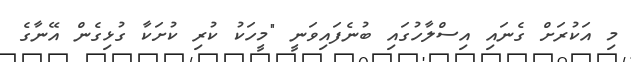
މި އަކުރަށް ގެނައި އިސްލާހުގައި ބުނެފައިވަނީ "މީހަކު ކުރި ކުށަކާ ގުޅިގެން އޭނާގެ